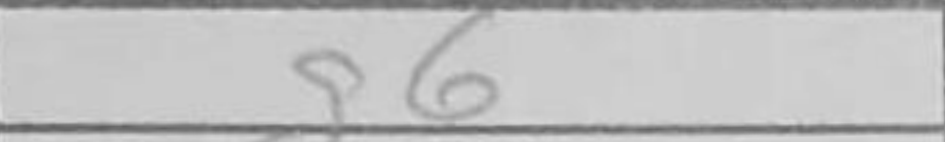
Transcription: g6